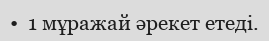
•  1 мұражай әрекет етеді.